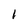
Character: 1